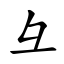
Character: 彑